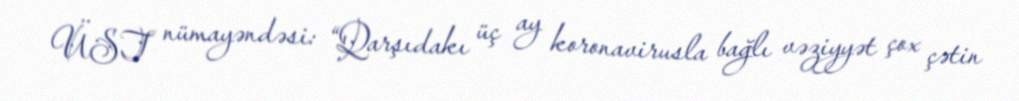
ÜST nümayəndəsi: “Qarşıdakı üç ay koronavirusla bağlı vəziyyət çox çətin